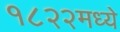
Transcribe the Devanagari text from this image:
१८२२मध्ये